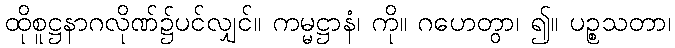
ထိုစူဋ္ဌနာဂလိုဏ်၌ပင်လျှင်။ ကမ္မဋ္ဌာနံ၊ ကို။ ဂဟေတွာ၊ ၍။ ပဉ္စသတာ၊